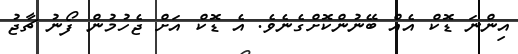
އިންނަ ޑޮކް އެއް ބޭނުންކޮށްގެނެވެ. އެ ޑޮކް އަށް ޖެހުމުން ފޯނު ޗާޖު